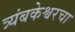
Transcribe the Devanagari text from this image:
त्र्यंबकेश्वरचा